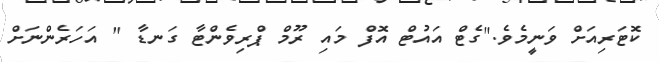
ކޮޓަރިއަށް ވަނީމެވެ."ގެޓް އައުޓް އޮފް މައި ރޫމް ޕްރިވެންޓާ ގަނޑާ " އަހަރެންނަށް